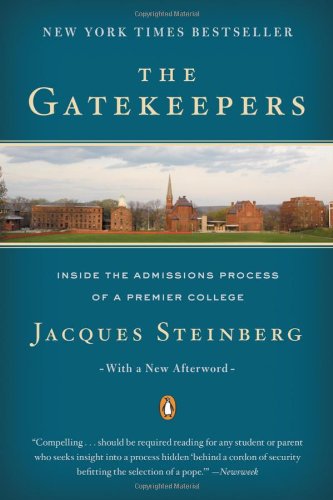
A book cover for The Gatekeepers: Inside the Admissions Process of a Premier College; Jacques Steinberg; Education & Teaching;